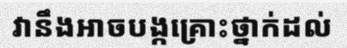
វានឹងអាចបង្កគ្រោះថ្នាក់ដល់